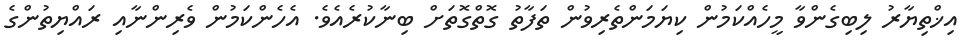
އިޚްތިޔާރު ލިބިގެންވާ މީހެއްކަމުން ކިޔަމަންތެރިވުން ތަފާތު ގޮތްގޮތަށް ބިނާކުރެއެވެ. އެހެންކަމުން ވެރިންނާއި ރައްޔިތުންގެ